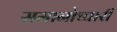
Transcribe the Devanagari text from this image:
समानोच्चारी